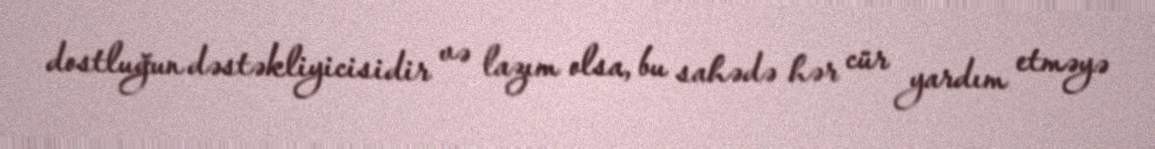
dostluğun dəstəkliyicisidir və lazım olsa, bu sahədə hər cür yardım etməyə